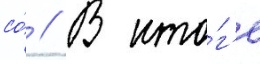
со́ // В ито́г'е